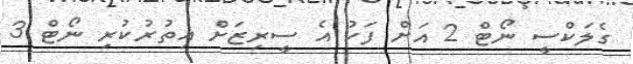
ގެލަކްސީ ނޯޓް 2 އަށް ފަހު އެ ސީރިޒަށް އިތުރުކުރި ނޯޓް 3